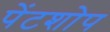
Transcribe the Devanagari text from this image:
पेंटशोप